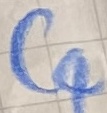
Text: C4